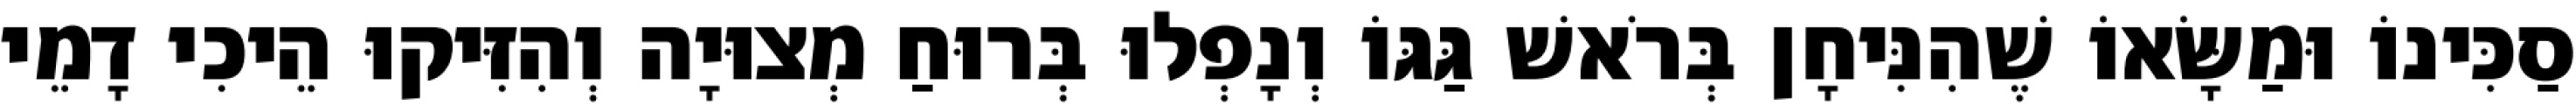
סַכִּינוֹ וּמַשָּׂאוֹ שֶׁהִנִּיחָן בְּרֹאשׁ גַּגּוֹ וְנָפְלוּ בְּרוּחַ מְצוּיָה וְהִזִּיקוּ הֵיכִי דָמֵי